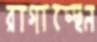
রাগাচ্ছেন